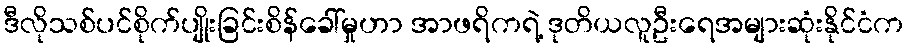
ဒီလိုသစ်ပင်စိုက်ပျိုးခြင်းစိန်ခေါ်မှုဟာ အာဖရိကရဲ့ ဒုတိယလူဦးရေအများဆုံးနိုင်ငံက